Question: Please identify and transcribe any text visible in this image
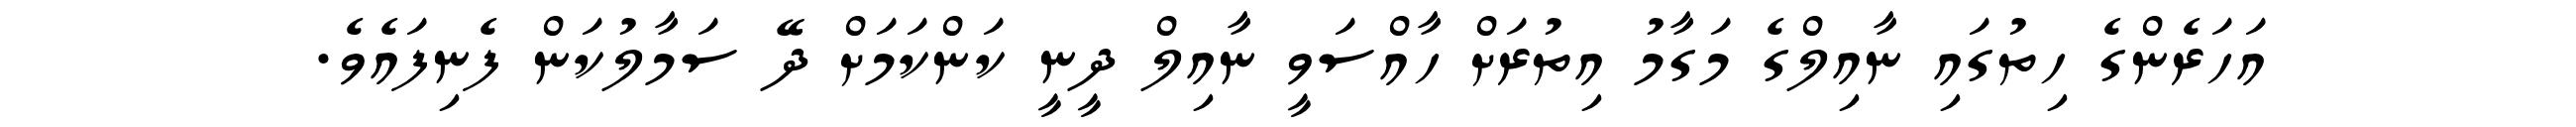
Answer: އަހަރެންގެ ހިތުގައި ނާއިލްގެ މަގާމު އިތުރަށް ހާއްސަވީ ނާއިލް ދީނީ ކަންކަމަށް ދޭ ސަމާލުކަން ފެނިފައެވެ.